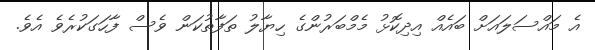
އެ މައްސަލައަށް ބައެއް އިދިކޮޅު މެމްބަރުންގެ ހިޔާލު ތަފާތުކަން ވެސް ފާހަގަކުރެވެ އެވެ.